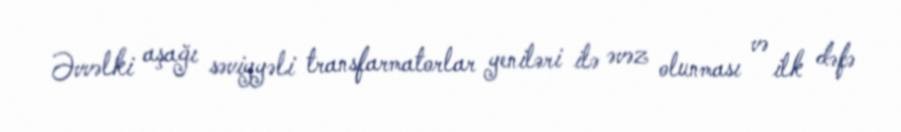
Əvvəlki aşağı səviyyəli transfarmatorlar yeniləri ilə əvəz olunması və ilk dəfə